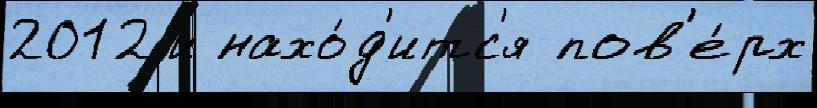
2012 и нахо́д'итс'я пов'е́рх